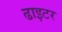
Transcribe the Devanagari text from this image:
ढाइटर